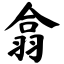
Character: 翕